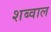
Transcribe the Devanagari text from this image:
शब्वाल